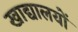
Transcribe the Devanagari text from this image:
खाद्यालयों